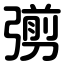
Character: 彅